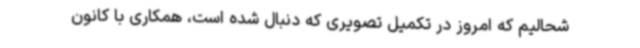
شحالیم که امروز در تکمیل تصویری که دنبال شده است، همکاری با کانون